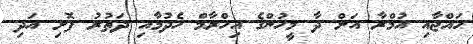
ހައްޖާއި އުމްރާ އަށް ދާ މީހުންގެ އިހްރާމް ހެދުމާއި ދަތުުރު ފޮށި އަދި